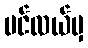
ပင်လယ်မှ